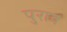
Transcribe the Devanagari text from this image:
पुराव